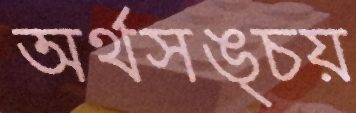
অর্থসঙ্চয়